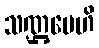
သဏ္ဌပေဟိ